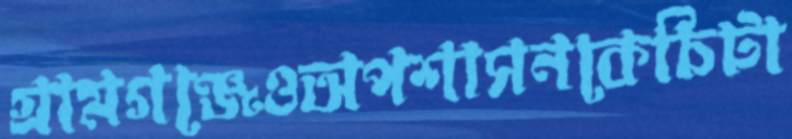
গ্রামগঞ্জেওঅপশাসনকেচিটা